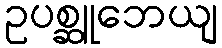
ဥပစ္ဆူဘေယျ